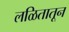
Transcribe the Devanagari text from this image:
लळितातून